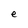
Character: e